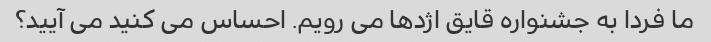
ما فردا به جشنواره قایق اژدها می رویم. احساس می کنید می آیید؟